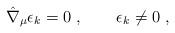
LaTeX: \begin{align*}\hat \nabla _{\mu} \epsilon_{k} = 0\ , \qquad \epsilon_{k} \neq 0 \ ,\end{align*}